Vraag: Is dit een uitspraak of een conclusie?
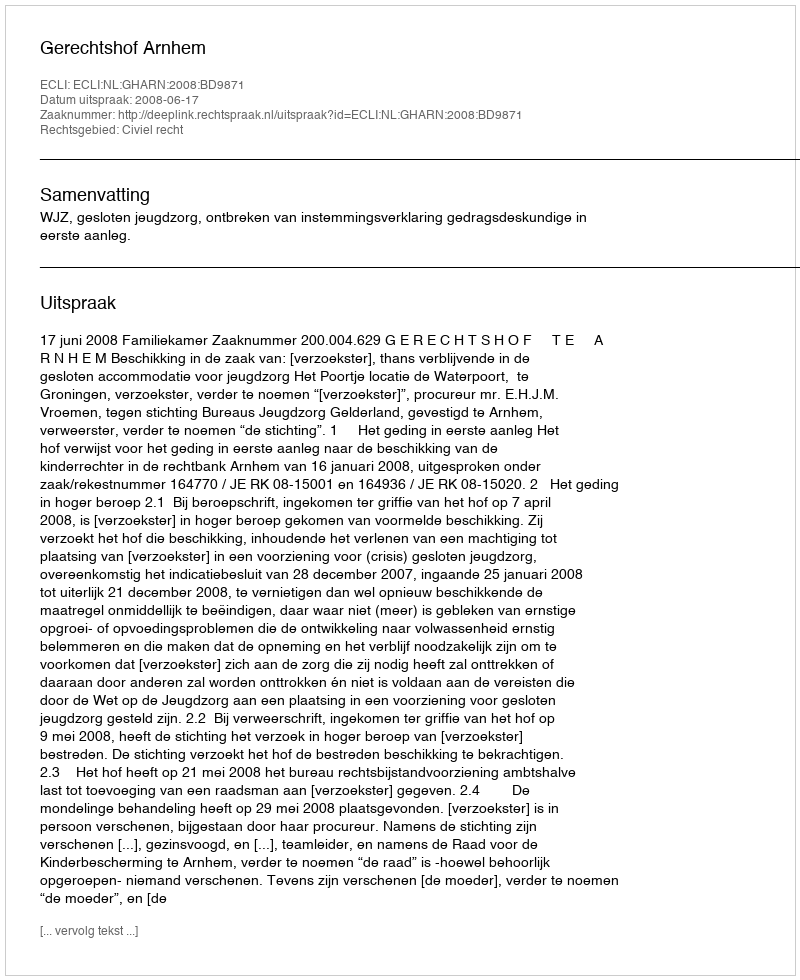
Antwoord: Uitspraak